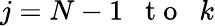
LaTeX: j=N-1\mathrm{~\; ~t~o~\; ~}k